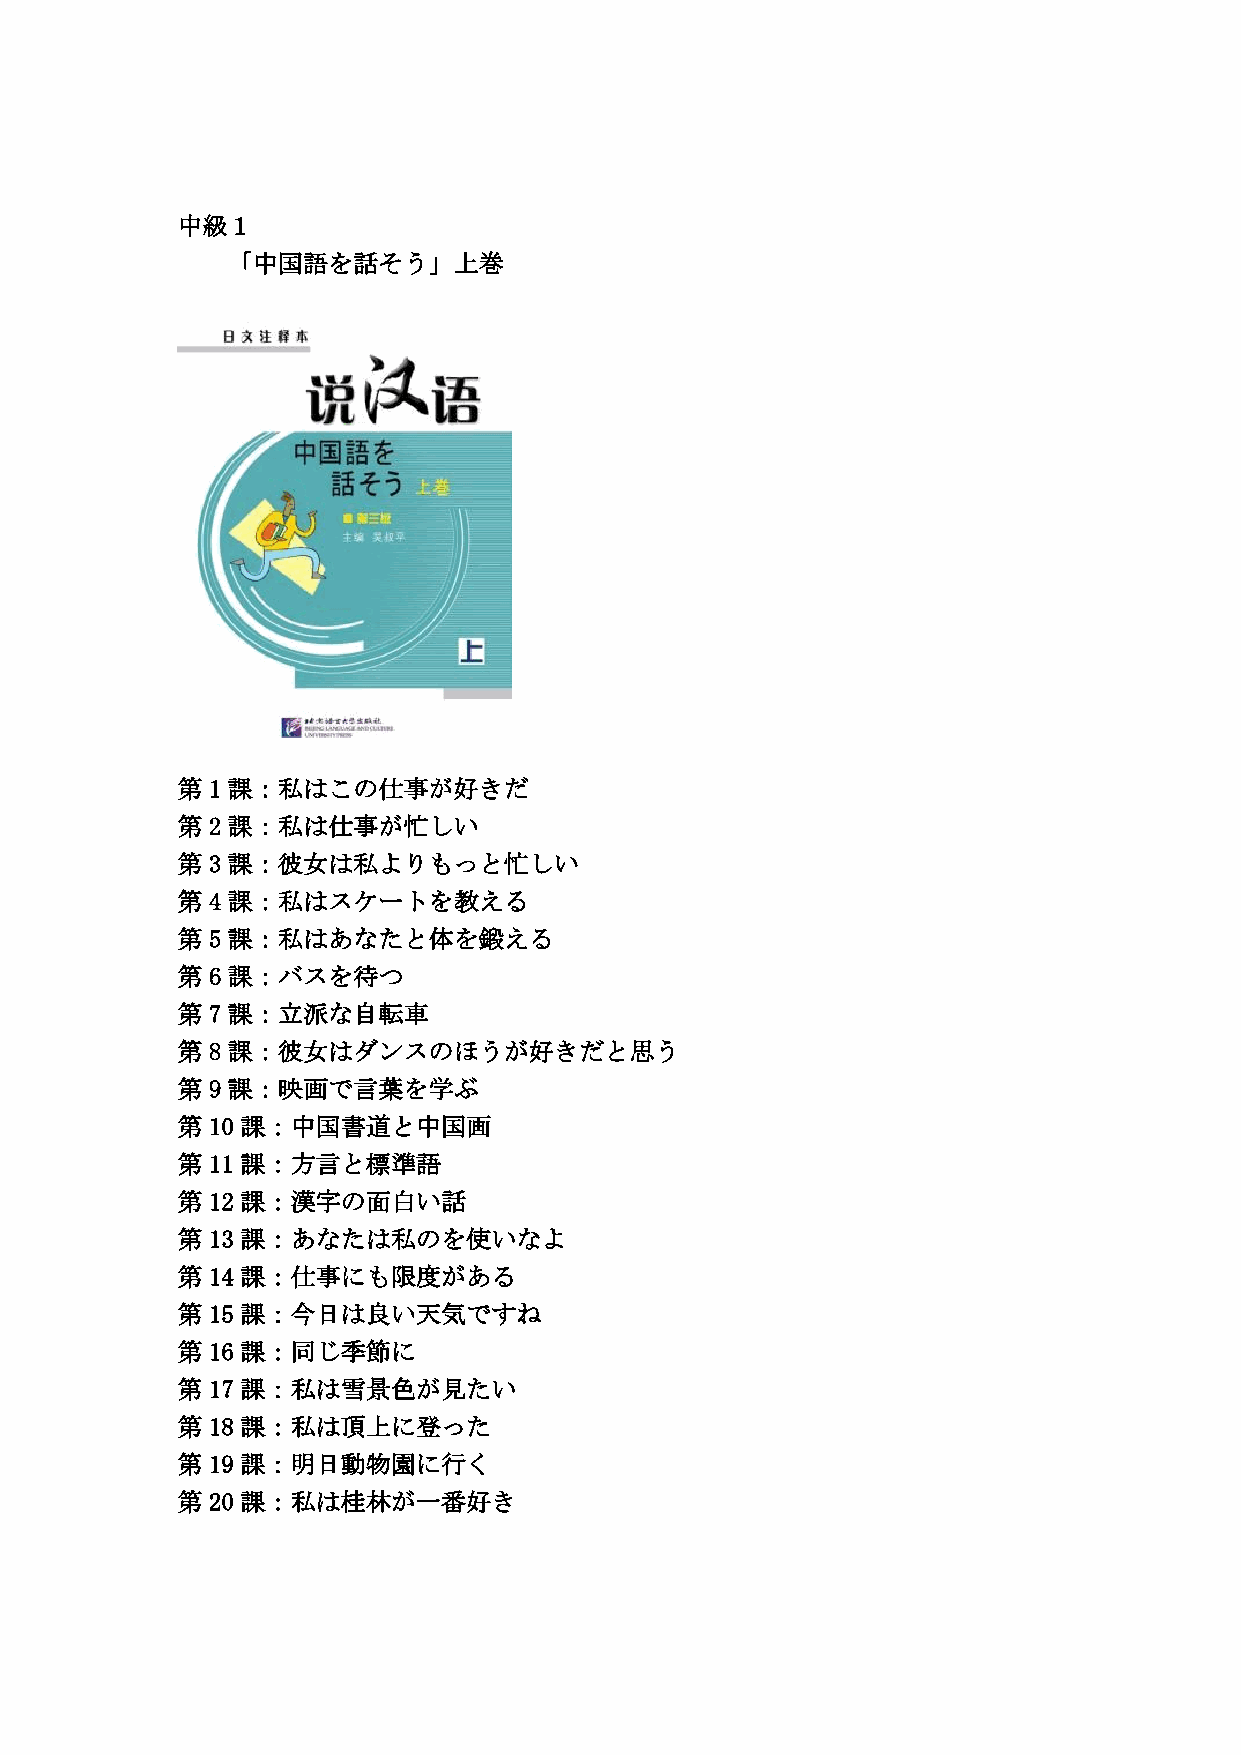
中級１
 「中国語を話そう」上巻
 第 1課：私はこの仕事が好きだ
 第 2課：私は仕事が忙しい
 第 3課：彼女は私よりもっと忙しい
 第 4課：私はスケートを教える
 第 5課：私はあなたと体を鍛える
 第 6課：バスを待つ
 第 7課：立派な自転車
 第 8課：彼女はダンスのほうが好きだと思う
 第 9課：映画で言葉を学ぶ
 第 10 課：中国書道と中国画
 第 11 課：方言と標準語
 第 12 課：漢字の面白い話
 第 13 課：あなたは私のを使いなよ
 第 14 課：仕事にも限度がある
 第 15 課：今日は良い天気ですね
 第 16 課：同じ季節に
 第 17 課：私は雪景色が見たい
 第 18 課：私は頂上に登った
 第 19 課：明日動物園に行く
 第 20 課：私は桂林が一番好き